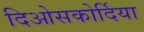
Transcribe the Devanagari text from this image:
दिओसकोर्दिया